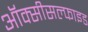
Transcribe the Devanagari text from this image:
ऑक्सीसल्फाइड